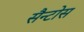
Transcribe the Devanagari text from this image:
सैन्टोस